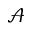
\mathcal { A }